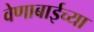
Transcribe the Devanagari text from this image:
वेणाबाईच्या